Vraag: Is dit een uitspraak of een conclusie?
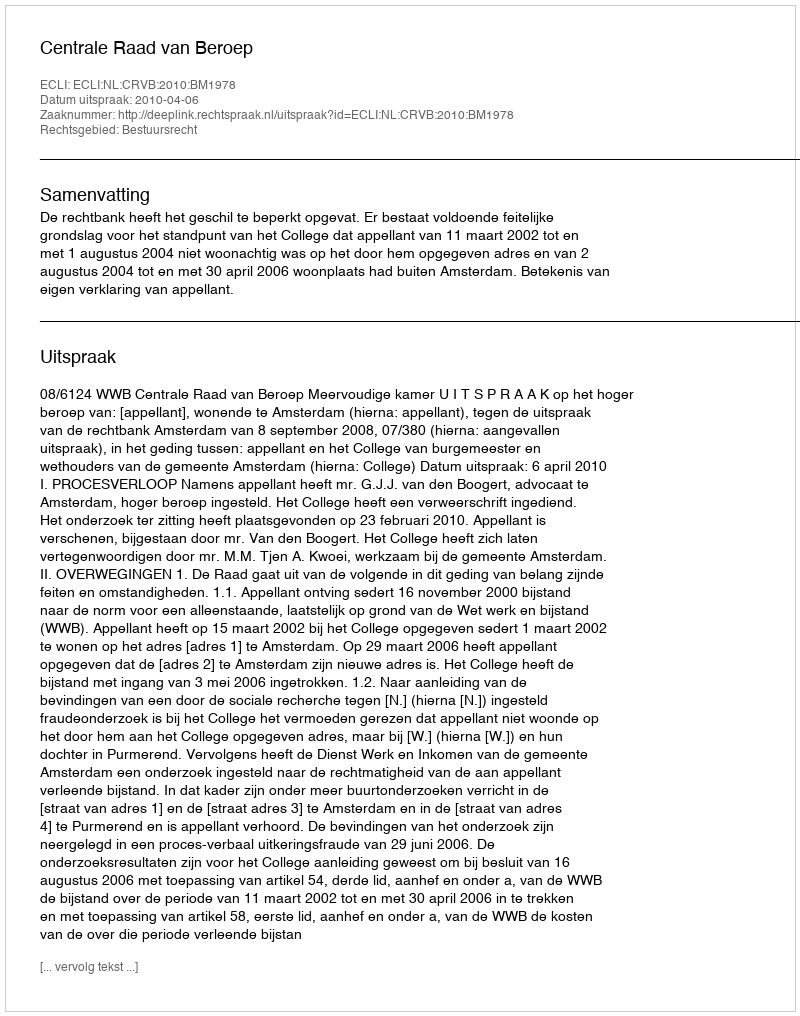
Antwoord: Uitspraak